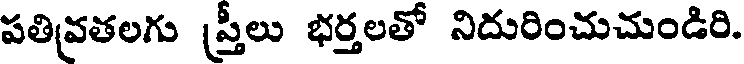
పతివ్రతలగు స్త్రీలు భర్తలతో నిదురించుచుండిరి.